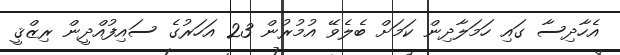
އެހާދިސާ ގައި ހަމަލާދިން ކަމަށް ބެލެވޭ އުމުރުން 23 އަހަރުގެ ސައިފުއްދީން ރިޒްޤީ